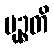
မုဉ္စတိ